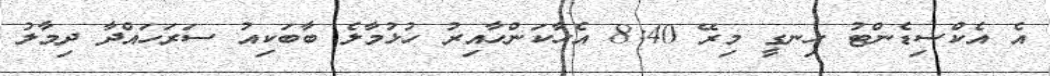
އެ އެކްސިޑެންޓު ހިނގީ މިރޭ 8:40 އެހާކަންހާއިރު ހުޅުމާލެ ބާބަކިއު ސަރަހައްދާ ދިމާލު